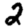
Digit: 2